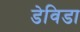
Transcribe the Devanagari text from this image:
डेविडा